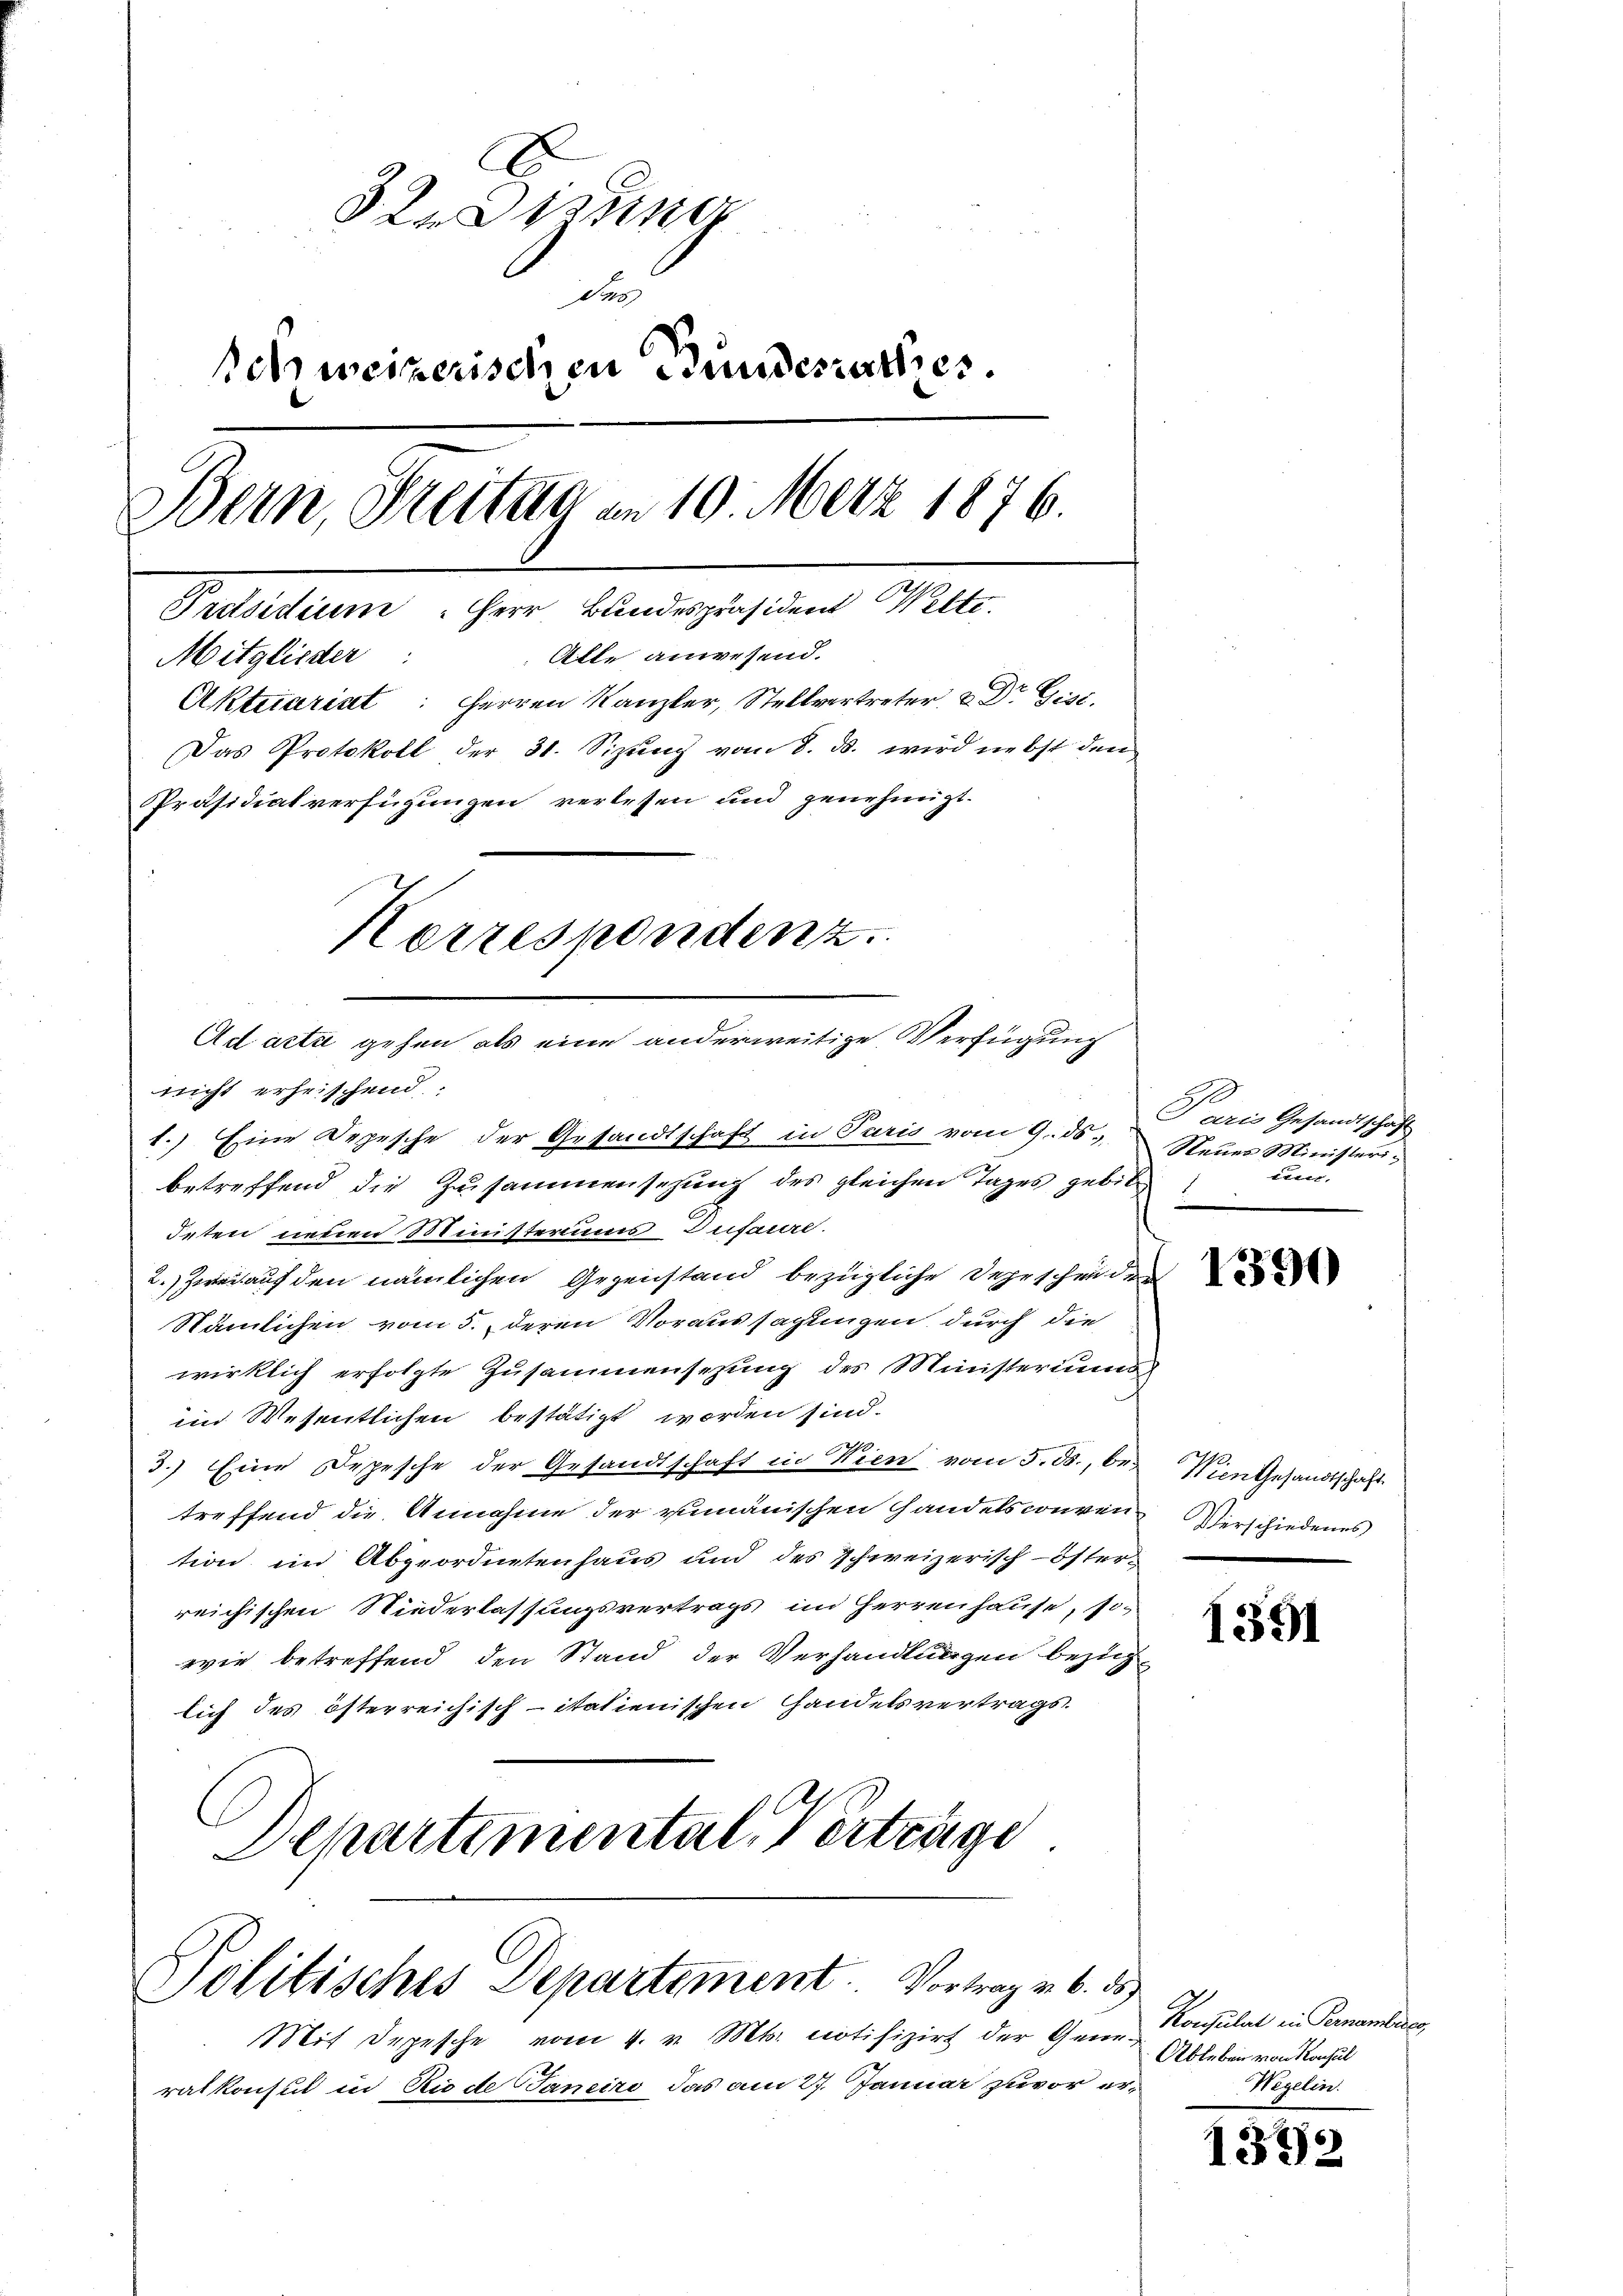
32 Sizung
des
Behweizerischen Bundesrathes.
Bein, Freitag am 10. Merz 1876.
Pretsidium Herr Bundespräsident Welte.
Mitglieder: Alle anwesend.
Aktecariat: Herren Kanzler, Stellvertreter & Dr Gist.
Das Protokoll der 31. Sizŭng vom 8. ds. wird nebst den
Präsidialverfügungen verlesen und genehmigt.
Korrespondenz.

Ad acta gehen als eine anderweitige Verfügung

nicht erheischend:
1.) Eine Depesche der Gesandtschaft in Paris vom 9. ds. Neues Ministeribetreffend die Zusammensezung des gleichen Tages gebitdeten neuen Ministeriums Dufarre.
2.) Zwei auf den nämlichen Gegenstand bezügliche Dehrscheider
Stämlichen vom 5. deren Voraussagungen durch die
wirklich erfolgte Zusammensetzung des Ministeriums
im Wesentlichen bestätigt worden sind.
3.) Eine Depesche der Gesandtschaft in Kien vom 3. ds., be-
treffend die Annahme der einauischen Handelsconvention im Abgeordnetenhaus und des Schweizerisch-österreichischen Niederlassungsvertrags im Herrenhause, sie
wie betreffend den Stand der Verhandlungen bezuglich des österreichisch-italienischen Handelsvertrags-
Departemental, Verträge

Politisches Departement. Vortrag v. 6. ds.

Mit Depesche vom 4. v. Mt. notifizirt der Generatkonsul in Riede Janeiro das am 27. Januar zuvor er¬

Paris Gesandtschaft
und.
.

1390

Wien Gesandtschaft.
Verschiedenes

1391

Konsulat in Pernamberes,
Ableben von Konsul
Wegelin.

1332